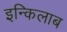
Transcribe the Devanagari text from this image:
इन्किलाब